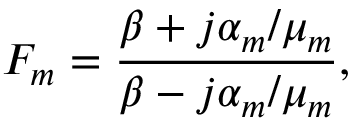
F _ { m } = \frac { \beta + j \alpha _ { m } / \mu _ { m } } { \beta - j \alpha _ { m } / \mu _ { m } } ,